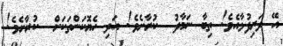
އޭ ދަރިފުޅާއެވެ! ތިބާ ނަމާދު  ކުރާށެވެ! އަދި ހެޔޮކަންތަކަށް  ކުރާށެވެ!